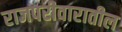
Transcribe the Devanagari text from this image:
राजपरीवारातील